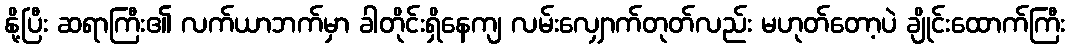
နို့ပြီး ဆရာကြီး၏ လက်ယာဘက်မှာ ခါတိုင်းရှိနေကျ လမ်းလျှောက်တုတ်လည်း မဟုတ်တော့ပဲ ချိုင်းထောက်ကြီး